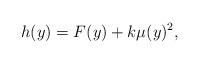
LaTeX: \begin{align*}h(y)=F(y)+k\mu(y)^2,\end{align*}